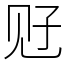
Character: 觃